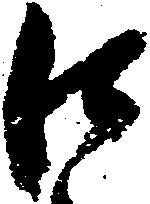
口